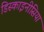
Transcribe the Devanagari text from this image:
डिस्काइनीसिया